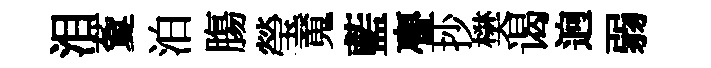
泪藑泊膓瑩䰟藍亹抄樊谒逈弱